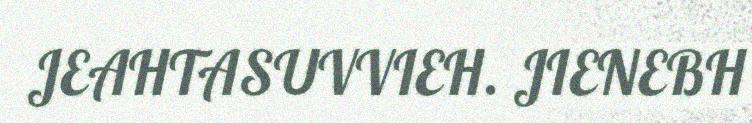
JEAHTASUVVIEH. JIENEBH